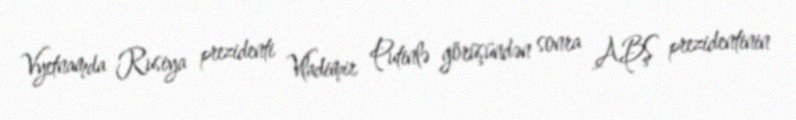
Vyetnamda Rusiya prezidenti Vladimir Putinlə görüşündən sonra ABŞ prezidentinin